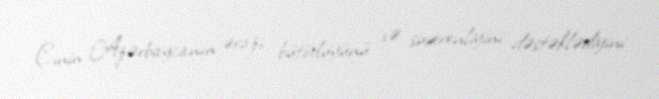
Çinin Azərbaycanın ərazi bütövlüyünü və suverenliyini dəstəklədiyini